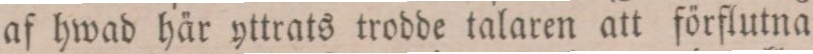
af hwad här yttrats trodde talaren att förflutna